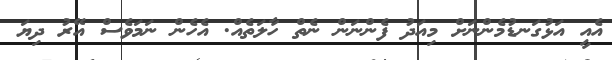
އެއީ އަޅުގަނޑުމެންނަށް މިއަދު ފެންނަން ނެތް ހާލަތެއް. އެހެން ނަމަވެސް އޭރު ދިޔަ